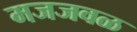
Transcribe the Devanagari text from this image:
मजजवळ